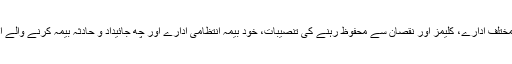
میڈوبروک میں مختلف ادارے، کلیمز اور نقصان سے محفوظ رہنے کی تنصیبات، خود بیمہ انتظامی ادارے اور چھ جائیداد و حادثہ بیمہ کرنے والے ادارے شامل ہیں۔